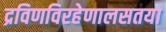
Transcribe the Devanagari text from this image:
द्रविणविरहेणालसतया